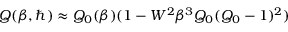
Q ( \beta , \hbar ) \approx Q _ { 0 } ( \beta ) ( 1 - W ^ { 2 } \beta ^ { 3 } Q _ { 0 } ( Q _ { 0 } - 1 ) ^ { 2 } )